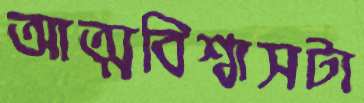
আত্মবিশ্বাসটা